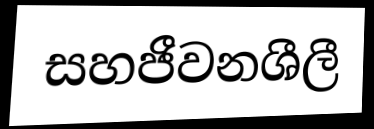
සහජීවනශීලී